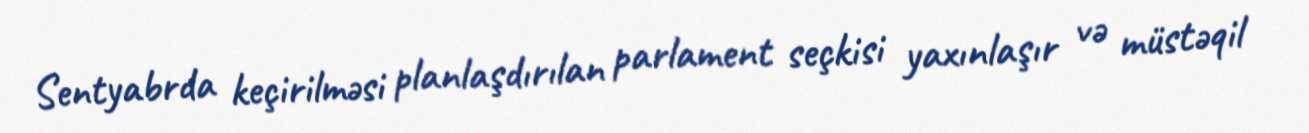
Sentyabrda keçirilməsi planlaşdırılan parlament seçkisi yaxınlaşır və müstəqil